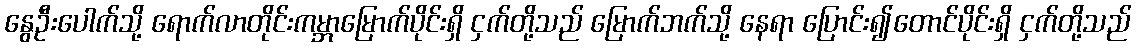
နွေဦးပေါက်သို့ ရောက်လာတိုင်းကမ္ဘာမြောက်ပိုင်းရှိ ငှက်တို့သည် မြောက်ဘက်သို့ နေရာ ပြောင်း၍တောင်ပိုင်းရှိ ငှက်တို့သည်